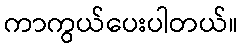
ကာကွယ်ပေးပါတယ်။